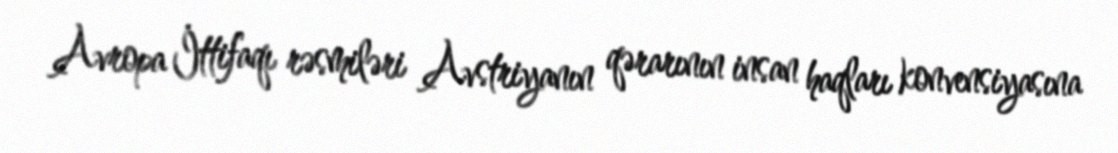
Avropa İttifaqı rəsmiləri Avstriyanın qərarının insan haqları konvensiyasına